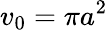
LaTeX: v_{0}=\pi a^{2}